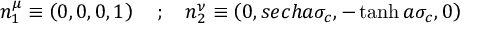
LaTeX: n _ { 1 } ^ { \mu } \equiv \left( 0 , 0 , 0 , 1 \right) \quad ; \quad n _ { 2 } ^ { \nu } \equiv \left( 0 , s e c h a \sigma _ { c } , - \operatorname { t a n h } a \sigma _ { c } , 0 \right)